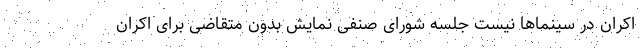
اکران در سینماها نیست جلسه شورای صنفی نمایش بدون متقاضی برای اکران